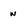
Character: w